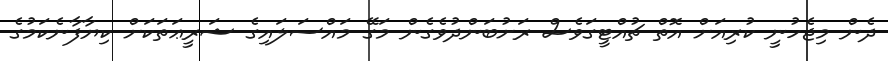
ދެން މިޖެހުނީ ކުރިއަށް އޮތް ޗުއްޓީގަވެސް ރަށުބަންދުވެގެން މަގޭ މައްސަލައިގެ ޝަރީޢަތަކަށް ކިޔާފާނެކަމުގެ